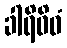
ခါရိဝိဓံ